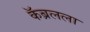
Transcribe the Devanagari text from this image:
कॅब्रलला